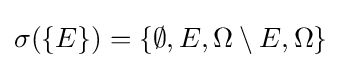
\sigma (\{E\})=\{\emptyset ,E,\Omega \setminus E,\Omega \}